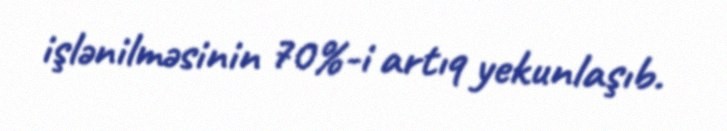
işlənilməsinin 70%-i artıq yekunlaşıb.